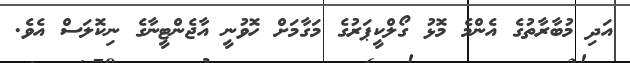
އަދި މުބާރާތުގެ އެންމެ މޮޅު ގޯލްކީޕަރުގެ މަގާމަށް ހޮވުނީ އާޖެންޓީނާގެ ނިކޮލަސް އެވެ.